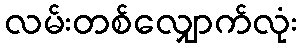
လမ်းတစ်လျှောက်လုံး